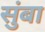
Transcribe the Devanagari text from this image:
सुंबा